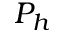
P _ { h }